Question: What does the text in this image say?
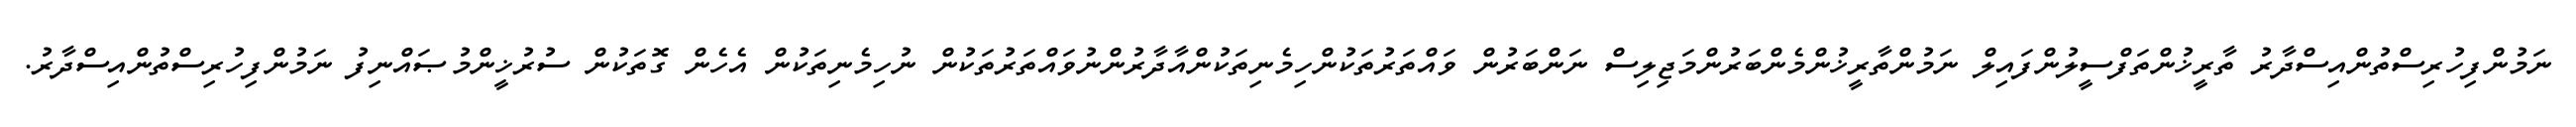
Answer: ނަމުންފިހުރިސްތުންއިސްދާރު ތާރީޚުންތަފްސީލުންފައިލް ނަމުންތާރީޚުންމެންބަރުންމަޖިލިސް ނަންބަރުން ވައްތަރުތަކުންހިމެނިތަކުންއާދާރުންނުވައްތަރުތަކުން ނުހިމެނިތަކުން އެހެން ގޮތަކުން ސުރުޚީންމުޞައްނިފު ނަމުންފިހުރިސްތުންއިސްދާރު.